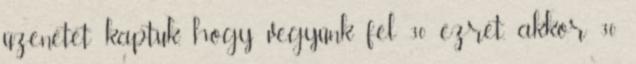
üzenetet kaptuk, hogy vegyünk fel 30 ezret, akkor 30